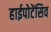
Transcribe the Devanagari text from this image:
हाईपोटेंसिव